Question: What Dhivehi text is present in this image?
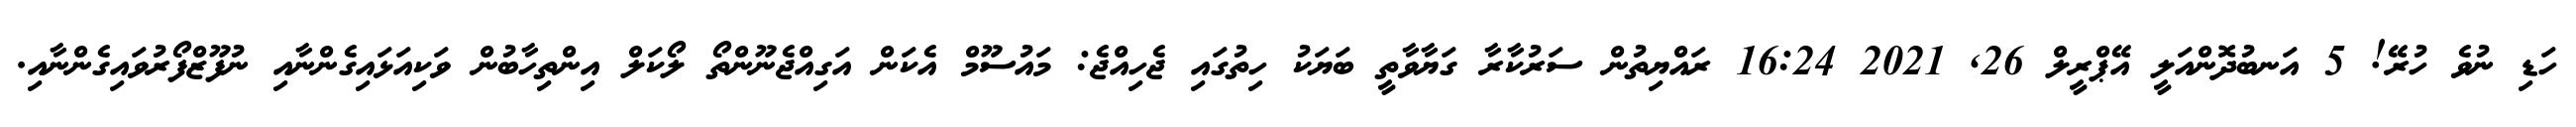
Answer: ހަޑި ނުވެ ހުރޭ! 5 އަނބުދޮންއަލީ އޭޕްރީލް 26, 2021 16:24 ރައްޔިތުން ސަރުކާރާ ގަޔާވާތީ ބަޔަކު ހިތުގައި ޖެހިއްޖެ: މައުސޫމް އެކަން އަގިއްޖެނޫންތޯ ލޯކަލް އިންތިހާބުން ވަކިއަޅައިގެންނާއި ނުފޫޒްފޯރުވައިގެންނާއި.